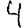
Digit: 4